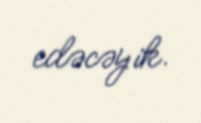
edəcəyik.